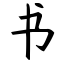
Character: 书